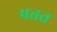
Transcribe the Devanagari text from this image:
पतत